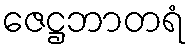
ဇေဋ္ဌဘာတရံ